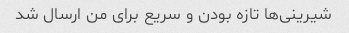
شیرینی‌ها تازه بودن و سریع برای من ارسال شد